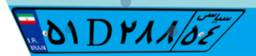
۵۱D۲۸۸۵۴